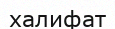
халифат